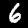
Label: 6